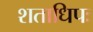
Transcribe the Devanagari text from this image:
शताधिपः